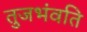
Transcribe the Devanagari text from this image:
तुजभंवति